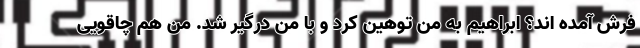
فرش آمده اند؟ ابراهیم به من توهین کرد و با من درگیر شد. من هم چاقویی